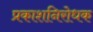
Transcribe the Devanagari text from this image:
प्रकाशनिरोधक